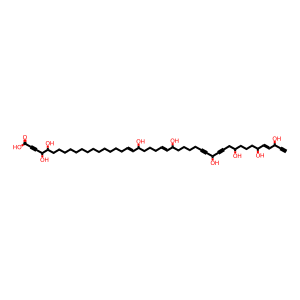
SMILES: C#CC(O)C=CC(O)CCCC(O)CC#CC(O)C#CCCCCC(O)C=CCCCC(O)C=CCCCCCCCCCCCCCC(O)C(O)C#CC(=O)O
Inhibits HIV replication: No